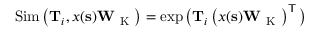
\operatorname { S i m } \big ( \mathbf { T } _ { i } , \boldsymbol { x } ( \mathbf { s } ) \mathbf { W } _ { \mathrm { ~ K ~ } } \big ) = \exp \big ( \mathbf { T } _ { i } \left( \boldsymbol { x } ( \mathbf { s } ) \mathbf { W } _ { \mathrm { ~ K ~ } } \right) ^ { \sf T } \big )